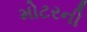
મોટરની